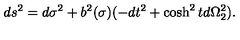
d s ^ { 2 } = d \sigma ^ { 2 } + b ^ { 2 } ( \sigma ) ( - d t ^ { 2 } + \cosh ^ { 2 } t d \Omega _ { 2 } ^ { 2 } ) .